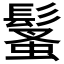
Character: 𩮚